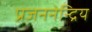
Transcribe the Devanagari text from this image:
प्रजननेन्द्रिय